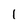
Character: 1